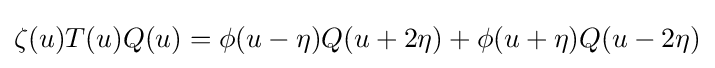
\zeta (u)T(u)Q(u)=\phi (u-\eta )Q(u+2\eta )+\phi (u+\eta )Q(u-2\eta )